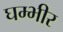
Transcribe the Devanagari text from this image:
घम्भीर